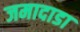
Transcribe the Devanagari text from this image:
जमादाडा